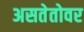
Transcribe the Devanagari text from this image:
असतेतोवर